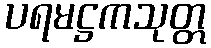
ပရမဋ္ဌကသုတ္တ